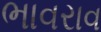
ભાવરાવ